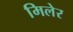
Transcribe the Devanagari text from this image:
मिलेर